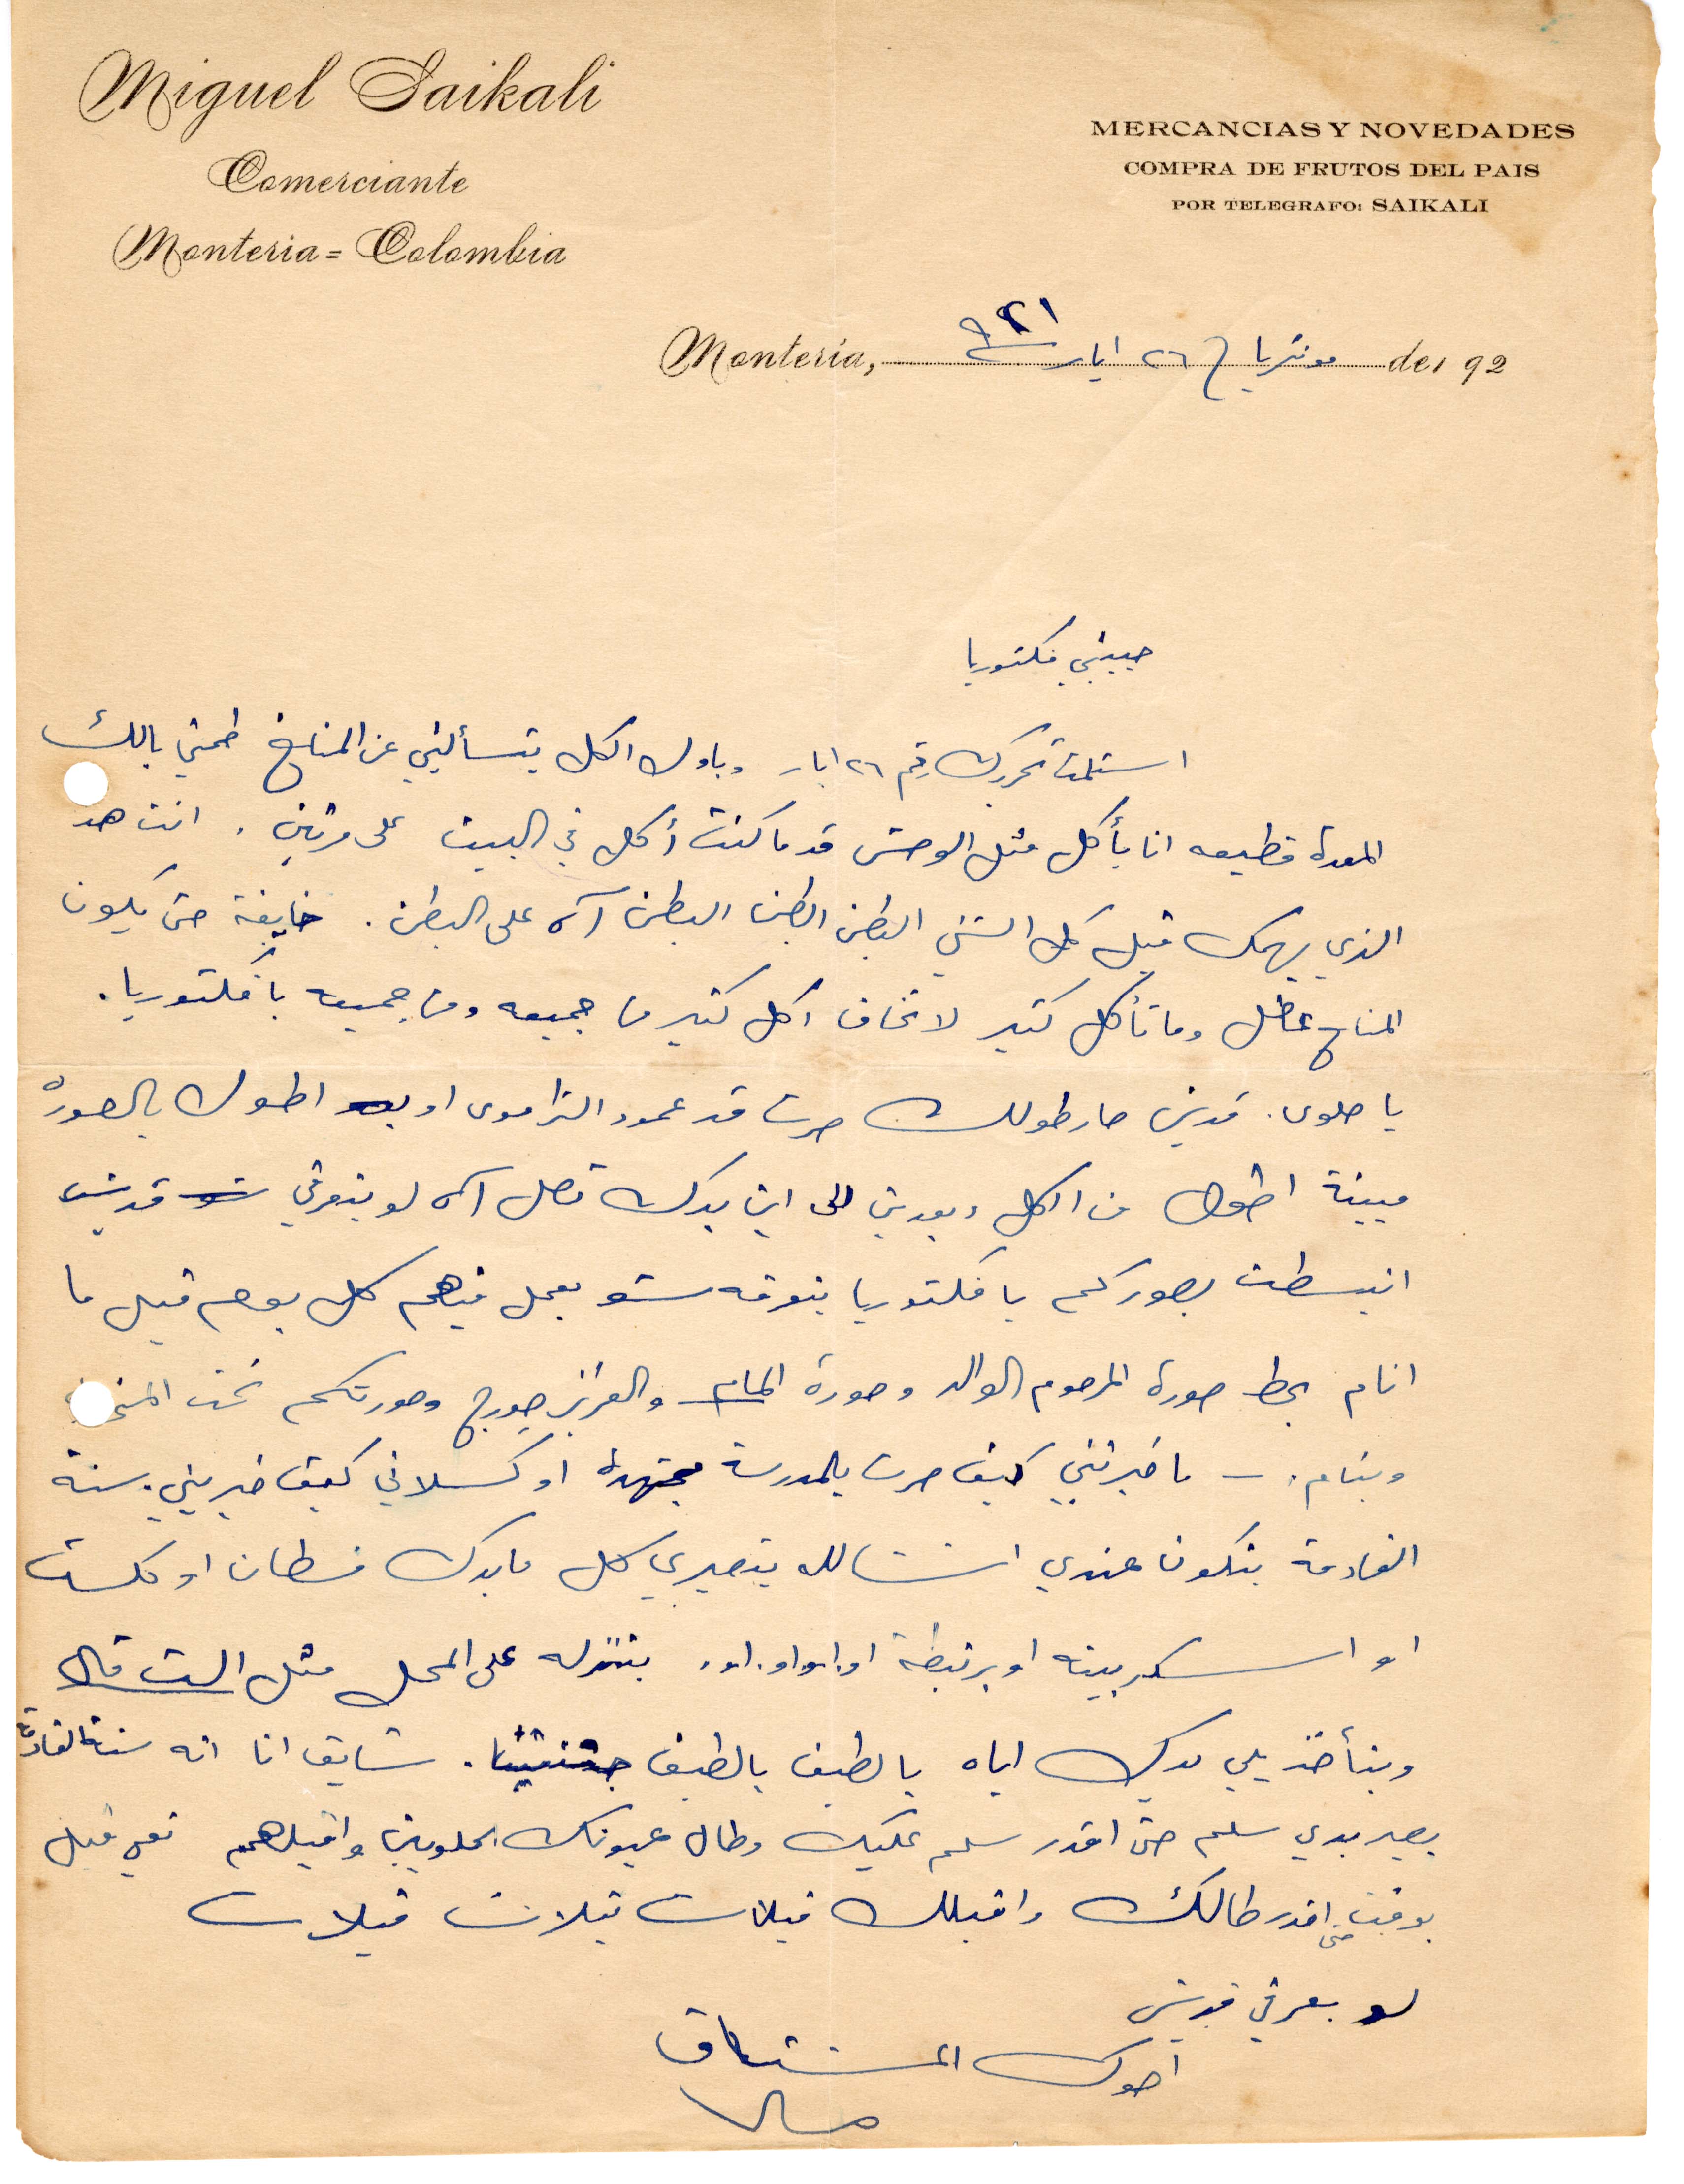
حبيبتي فكتوريا
استلمت تحريرك رقم ٢٦ أيار وباول الكل بتسأليني عن المناخ طمني بالك
المعدة قطيعه انا بأكل مثل الوحش قد ما كنت اكل في البيت على مرتين. انت هد
الذي يهمك قبل كل الشء البطن البطن البطن آه على البطن. خايفة حتى يكون
المناخ عطّل وما تأكل كثير لا تخاف اكل كثير من جميعه ومن جميعه يا فكتوريا.
يا حلوى قديس صار طولك صرت قد عمود التراموي او أطول بالصوره
مبينة أطول من الكل وبعدين الى اين بدك تصل آه لو بتعرفي قدش
انبسطت بصوركم يا فكتوريا بنوته شو بعمل فيهم كل يوم قبل ما
اناك بحط المرحوم الوالد صورة المام والعزيز جورج وصوركم تحت المخدة
وبنام - ما خبرتني كيف صرت بالمدرسة مجتهدة او كسلاني كيف خبرني سنة
القادمة بتكون عندي انشالله بتصيري كل ما بدك فسطان او كلست
او اسكربينه او برنيطه او او او او بننزل على المحل كتل الست قال
وبنأخذ من يدك أيام يا لطيف يا لطيف جننتينا. شايق انا انه سنة القادمة
بصير بدي سلم حتى اقدر سلم عليك وطال عيونك الحلوين واقبلهم متل قبل
بوقت اقدر طالك وقبلك قبلات قبلات قبلات
لو يتعرفي قديش
اخوك المشتاق